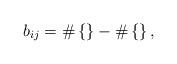
LaTeX: \begin{align*} b_{ij} = \# \left\{ \right\} - \# \left\{ \right\},\end{align*}